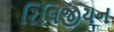
રિલિજીયન